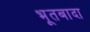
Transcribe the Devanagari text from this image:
भूतबादा